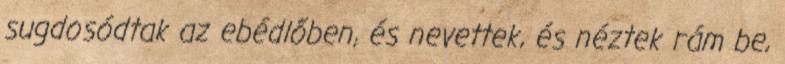
sugdosódtak az ebédlőben, és nevettek, és néztek rám be,